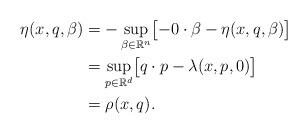
LaTeX: \begin{align*}\eta(x, q, \beta) &= -\sup_{\beta \in \mathbb{R}^n} \bigl[ - 0 \cdot \beta - \eta(x, q, \beta) \bigr] \\ &= \sup_{p \in \mathbb{R}^d} \bigl[ q \cdot p - \lambda(x, p, 0) \bigr] \\ &= \rho(x, q). \end{align*}